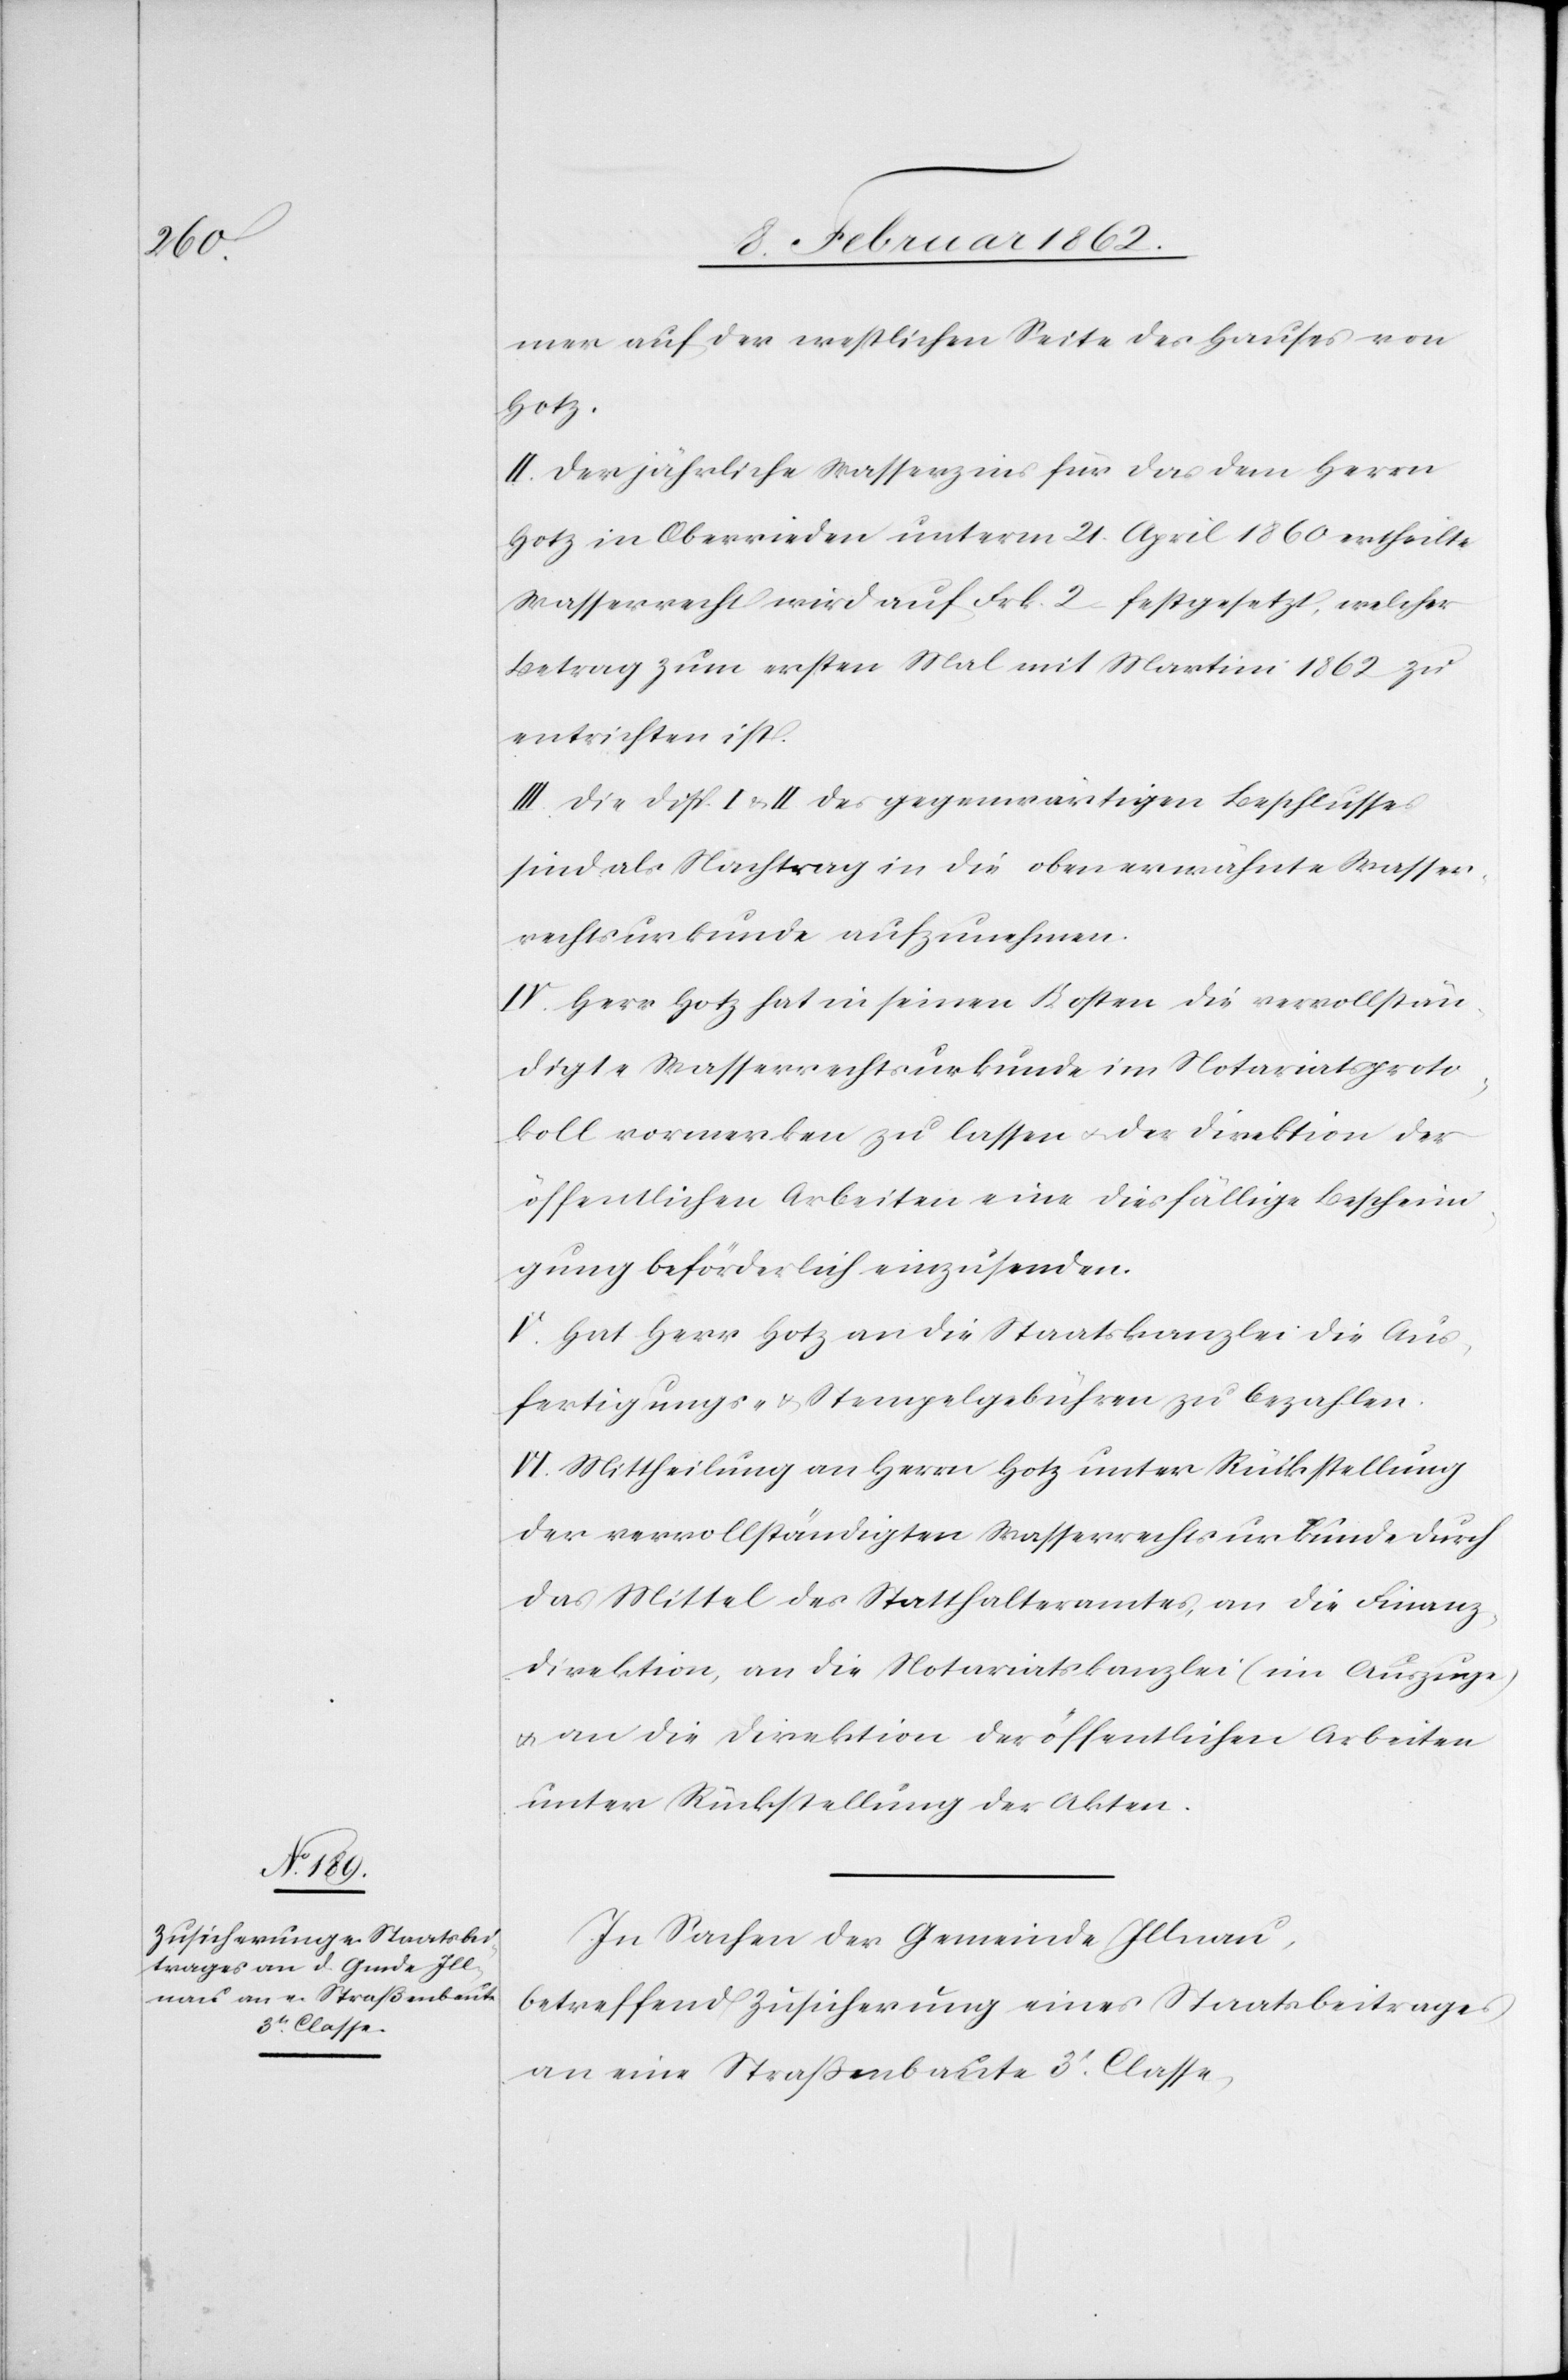
mer auf der westlichen Seite des Hauses von
Hotz.
II. Der jährliche Wasserzins für das dem Herrn
Hotz in Oberrieden unterm 21. April 1860 [sic!] ertheilte
Wasserrecht wird auf Frk. 2 festgesetzt, welcher
Betrag zum ersten Mal mit Martini 1862 zu
entrichten ist.
III. Die Disp. I & II des gegenwärtigen Beschlusses
sind als Nachtrag in die oben erwähnte Wasser¬
rechtsurkunde aufzunehmen.
IV. Herr Hotz hat in seinen Kosten die vervollstän¬
digte Wasserrechtsurkunde im Notariatsproto¬
koll vormerken zu lassen u. der Direktion der
öffentlichen Arbeiten eine diesfällige Beschein¬
igung beförderlich einzusenden.
V. Hat Herr Hotz an die Staatskanzlei die Aus¬
fertigungs- & Stempelgebühren zu bezahlen.
VI. Mittheilung an Herrn Hotz unter Rückstellung
der vervollständigten Wasserrechtsurkunde durch
das Mittel des Statthalteramtes, an die Finanz¬
direktion, an die Notariatskanzlei (im Auszuge)
u. an die Direktion der öffentlichen Arbeiten
unter Rückstellung der Akten.
In Sachen der Gemeinde Illnau,
betreffend Zusicherung eines Staatsbeitrages
an eine Straßenbaute 3t. Classe,